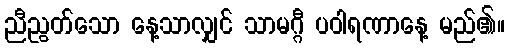
ညီညွတ်သော နေ့သာလျှင် သာမဂ္ဂီ ပဝါရဏာနေ့ မည်၏။